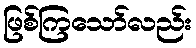
ဖြစ်ကြသော်လည်း